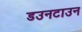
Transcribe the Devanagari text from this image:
डउनटाउन